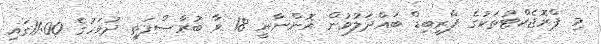
މި ޕްރޮޖެކްޓުތަކުގެ ޕްރީބިޑް ބައްދަލުވުން އޮންނާނީ 18 ވާ ބުރާސްފަތި ދުވަހުގެ 11:00ގައި